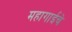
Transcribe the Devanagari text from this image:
महागाईचे